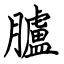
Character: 臚